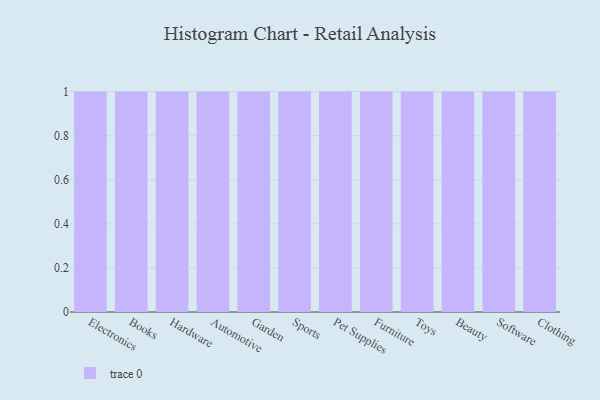
{"axis": {"x": "Category", "y": "Conversion Rate (%)"}, "legend": [""], "data": [{"x": "Electronics", "y": 32, "type": ""}, {"x": "Books", "y": 37, "type": ""}, {"x": "Hardware", "y": 41, "type": ""}, {"x": "Automotive", "y": 26, "type": ""}, {"x": "Garden", "y": 61, "type": ""}, {"x": "Sports", "y": 10, "type": ""}, {"x": "Pet Supplies", "y": 59, "type": ""}, {"x": "Furniture", "y": 77, "type": ""}, {"x": "Toys", "y": 35, "type": ""}, {"x": "Beauty", "y": 47, "type": ""}, {"x": "Software", "y": 64, "type": ""}, {"x": "Clothing", "y": 27, "type": ""}]}